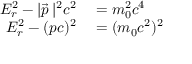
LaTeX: \begin{array} { r l } { E _ { r } ^ { 2 } - | { \vec { p } } \, | ^ { 2 } c ^ { 2 } } & { { } = m _ { 0 } ^ { 2 } c ^ { 4 } } \\ { E _ { r } ^ { 2 } - ( p c ) ^ { 2 } } & { { } = ( m _ { 0 } c ^ { 2 } ) ^ { 2 } } \end{array}